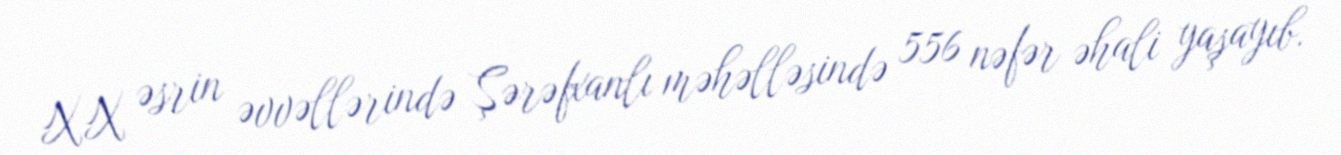
XX əsrin əvvəllərində Şərəfxanlı məhəlləsində 556 nəfər əhali yaşayıb.